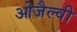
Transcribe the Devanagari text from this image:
ओजैल्वी